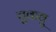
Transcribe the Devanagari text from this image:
चुकवु